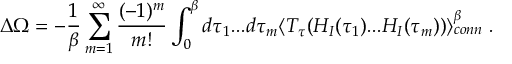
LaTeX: \Delta \Omega = - { \frac { 1 } { \beta } } \sum _ { m = 1 } ^ { \infty } \frac { ( - 1 ) ^ { m } } { m ! } \int _ { 0 } ^ { \beta } d \tau _ { 1 } . . . d \tau _ { m } \langle T _ { \tau } ( H _ { I } ( \tau _ { 1 } ) . . . H _ { I } ( \tau _ { m } ) ) \rangle _ { c o n n } ^ { \beta } \; .